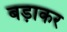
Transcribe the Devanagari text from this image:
बड़ाकर